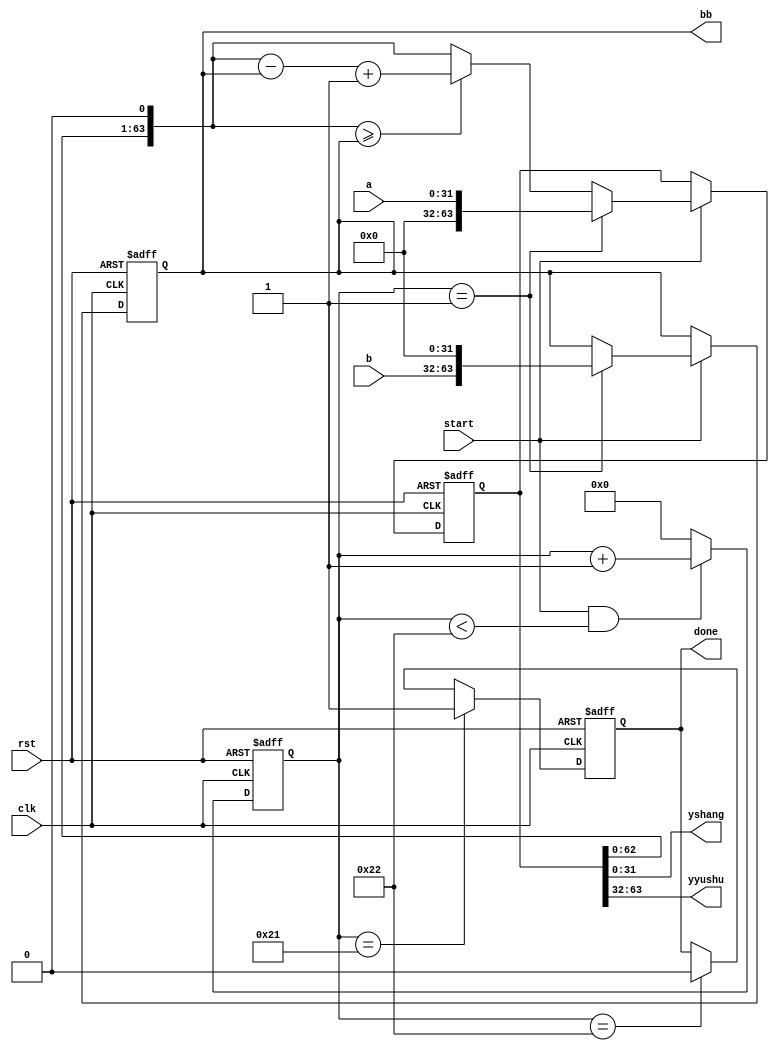
`timescale 1ns / 1ps
//////////////////////////////////////////////////////////////////////////////////
// Company: 
// Engineer: 
// 
// Design Name: 
// Module Name:    div 
// Project Name: 
// Target Devices: 
// Tool versions: 
// Description: 
//
// Dependencies: 
//
// Revision: 
// Revision 0.01 - File Created
// Additional Comments: 
//
//////////////////////////////////////////////////////////////////////////////////
module div(
        input clk,rst,
        input start,
        input [31:0] a, 
        input [31:0] b,
        output done,
        output [31:0] yshang,
        output [31:0] yyushu,
		  output [63:0] bb
        ); 
reg[63:0] temp_a;
reg[63:0] temp_b;
reg[6:0] i;
reg done_r;

always @(posedge clk or posedge rst)begin
    if(rst) i = 6'd0;
    else if(start&&i<6'd34) i = i+1'b1; 
    else i = 6'd0;
end

always @(posedge clk or posedge rst)
    if(rst) done_r = 1'b0;
    else if(i == 6'd33) done_r = 1'b1;        
    else if(i == 6'd34) done_r = 1'b0;        
assign done = done_r;

always @ (posedge clk or posedge rst)begin
    if(rst) begin
        temp_a = 64'h0;
        temp_b = 64'h0;
    end
    else if(start) begin
        if(i == 6'd1) begin
            temp_a = {32'h00000000,a};
            temp_b = {b,32'h00000000}; 
        end
        else begin
            temp_a = temp_a << 1;
      if(temp_a >= temp_b) temp_a = temp_a - temp_b + 1'b1;
      else temp_a = temp_a;
        end
     end
end
 
assign yshang = temp_a[31:0];
assign yyushu = temp_a[63:32];
assign bb=temp_b;
endmodule